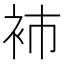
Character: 𧘟